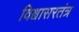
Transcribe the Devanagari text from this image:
विश्वासरतंत्र